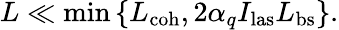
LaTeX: L\ll\operatorname*{min}\left\{ L_{\mathrm{coh}},2\alpha_{q}I_{\mathrm{las}}L_{\mathrm{bs}}\right\} .